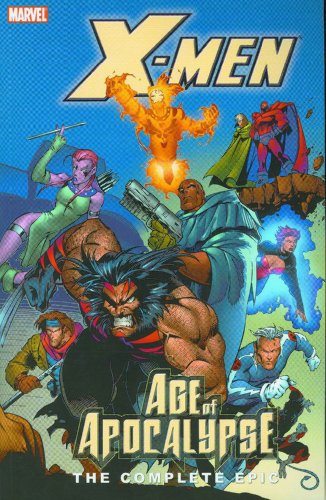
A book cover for X-Men: The Complete Age of Apocalypse Epic - Book 2; Scott Lobdell; Teen & Young Adult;